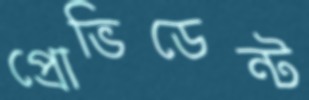
প্রোভিডেন্ট